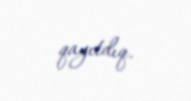
qayıtdıq.